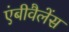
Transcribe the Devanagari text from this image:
एंबीवैलेंस